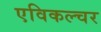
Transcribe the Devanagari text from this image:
एविकल्चर